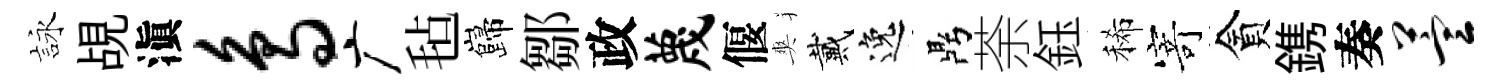
詠覘滇鸟广毡巋鄒政蔑偃爽戴逸鼎荼鈺稀𭔃貪鎸奏萱